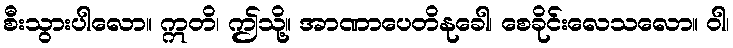
စီးသွားပါလော။ ဣတိ၊ ဤသို့။ အာဏာပေတိနုခေါ၊ စေခိုင်းလေသလော။ ဝါ၊